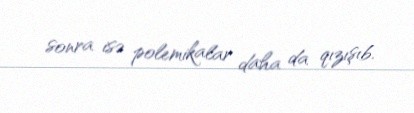
sonra isə polemikalar daha da qızışıb.